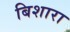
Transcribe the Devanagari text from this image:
बिशारा